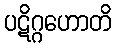
ပဋိဂ္ဂဟောတိ